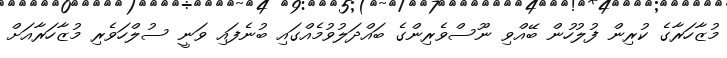
މުޒާހަރާގެ ކުރިން ފުލުހުން ބޭއްވި ނޫސްވެރިންގެ ބައްދަލުވުމެއްގައި ބުނެފައި ވަނީ ސުލްހަވެރި މުޒާހަރާއަށް